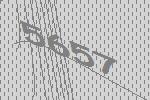
5657